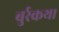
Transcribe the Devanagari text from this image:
बुर्रकथा